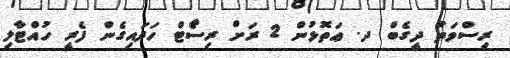
ރިސްވަތު ދީގެބް ދ. ޢަތޮޅުން 2 ރަށް ރިސްޯޓް ހަދައިގެން ފެރީ ހުއްޓާލި